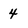
Character: 4